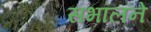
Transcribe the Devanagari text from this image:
सभालने